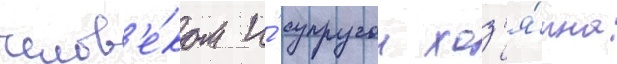
челов'е́ком и́ супругои хоз'я́ина